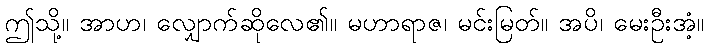
ဤသို့။ အာဟ၊ လျှောက်ဆိုလေ၏။ မဟာရာဇ၊ မင်းမြတ်။ အပိ၊ မေးဦးအံ့။